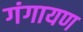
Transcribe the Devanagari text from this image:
गंगायण